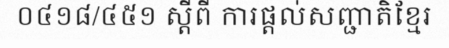
០៤១៨/៤៥១ ស្តីពី ការផ្តល់សញ្ជាតិខ្មែរ